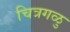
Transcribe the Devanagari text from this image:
चित्रगळु